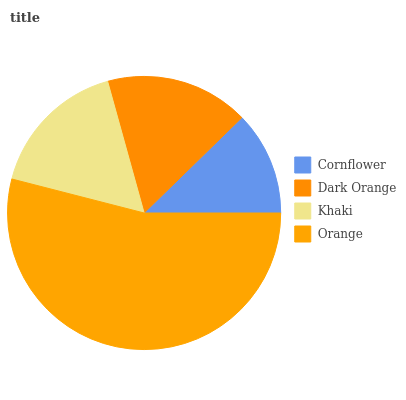
| Cornflower | Dark Orange | Khaki | Orange |
 | --- | --- | --- | --- |
 | 12.3% | 17% | 16.7% | 54% |